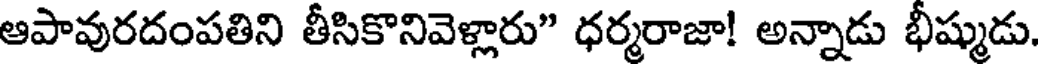
ఆపావురదంపతిని తీసికొనివెళ్లారు" ధర్మరాజా! అన్నాడు భీష్ముడు